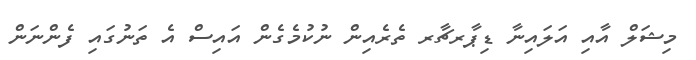
މިޝަލް އާއި އަލައިނާ ޑިޕާރޗާރ ތެރެއިން ނުކުމެގެން އައިސް އެ ތަނުގައި ފެންނަން